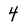
Character: 4